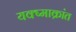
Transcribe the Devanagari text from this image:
यक्ष्माक्रांत